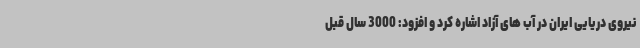
نیروی دریایی ایران در آب های آزاد اشاره کرد و افزود: 3000 سال قبل